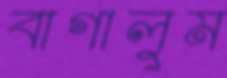
বাগালুম